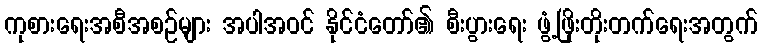
ကုစားရေးအစီအစဉ်များ အပါအဝင် နိုင်ငံတော်၏ စီးပွားရေး ဖွံ့ဖြိုးတိုးတက်ရေးအတွက်